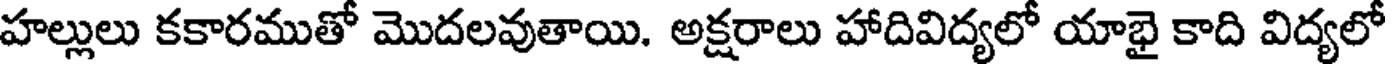
హల్లులు కకారముతో మొదలవుతాయి. అక్షరాలు హాదివిద్యలో యాభై కాది విద్యలో